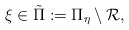
\begin{align*}\xi\in\tilde \Pi:=\Pi_{\eta}\setminus \mathcal{R},\end{align*}